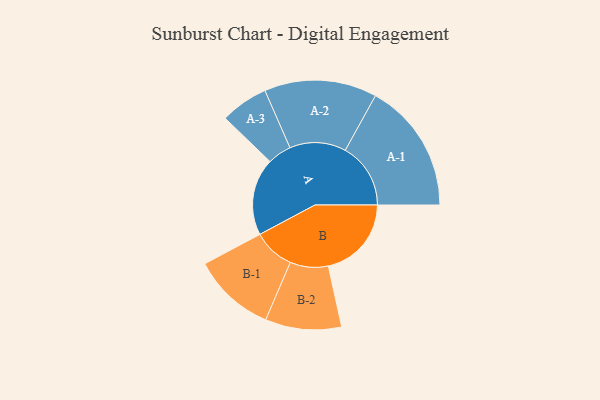
{"axis": {"x": "Segment", "y": "Value"}, "legend": ["", "A", "B"], "data": [{"x": "A", "y": 348, "type": ""}, {"x": "B", "y": 375, "type": ""}, {"x": "A-1", "y": 295, "type": "A"}, {"x": "A-2", "y": 254, "type": "A"}, {"x": "A-3", "y": 108, "type": "A"}, {"x": "B-1", "y": 187, "type": "B"}, {"x": "B-2", "y": 172, "type": "B"}]}